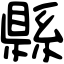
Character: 縣